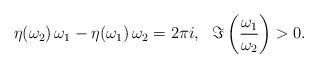
LaTeX: \begin{align*} \eta(\omega_2)\,\omega_1 - \eta(\omega_1)\,\omega_2 = 2\pi i, \ \ \Im\left(\frac{\omega_1}{\omega_2}\right)>0.\end{align*}